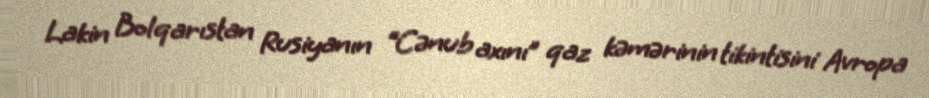
Lakin Bolqarıstan Rusiyanın “Cənub axını” qaz kəmərinin tikintisini Avropa